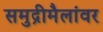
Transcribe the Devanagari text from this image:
समुद्रीमैलांवर